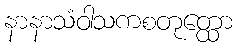
နာနာသံဝါသကစတုတ္ထော